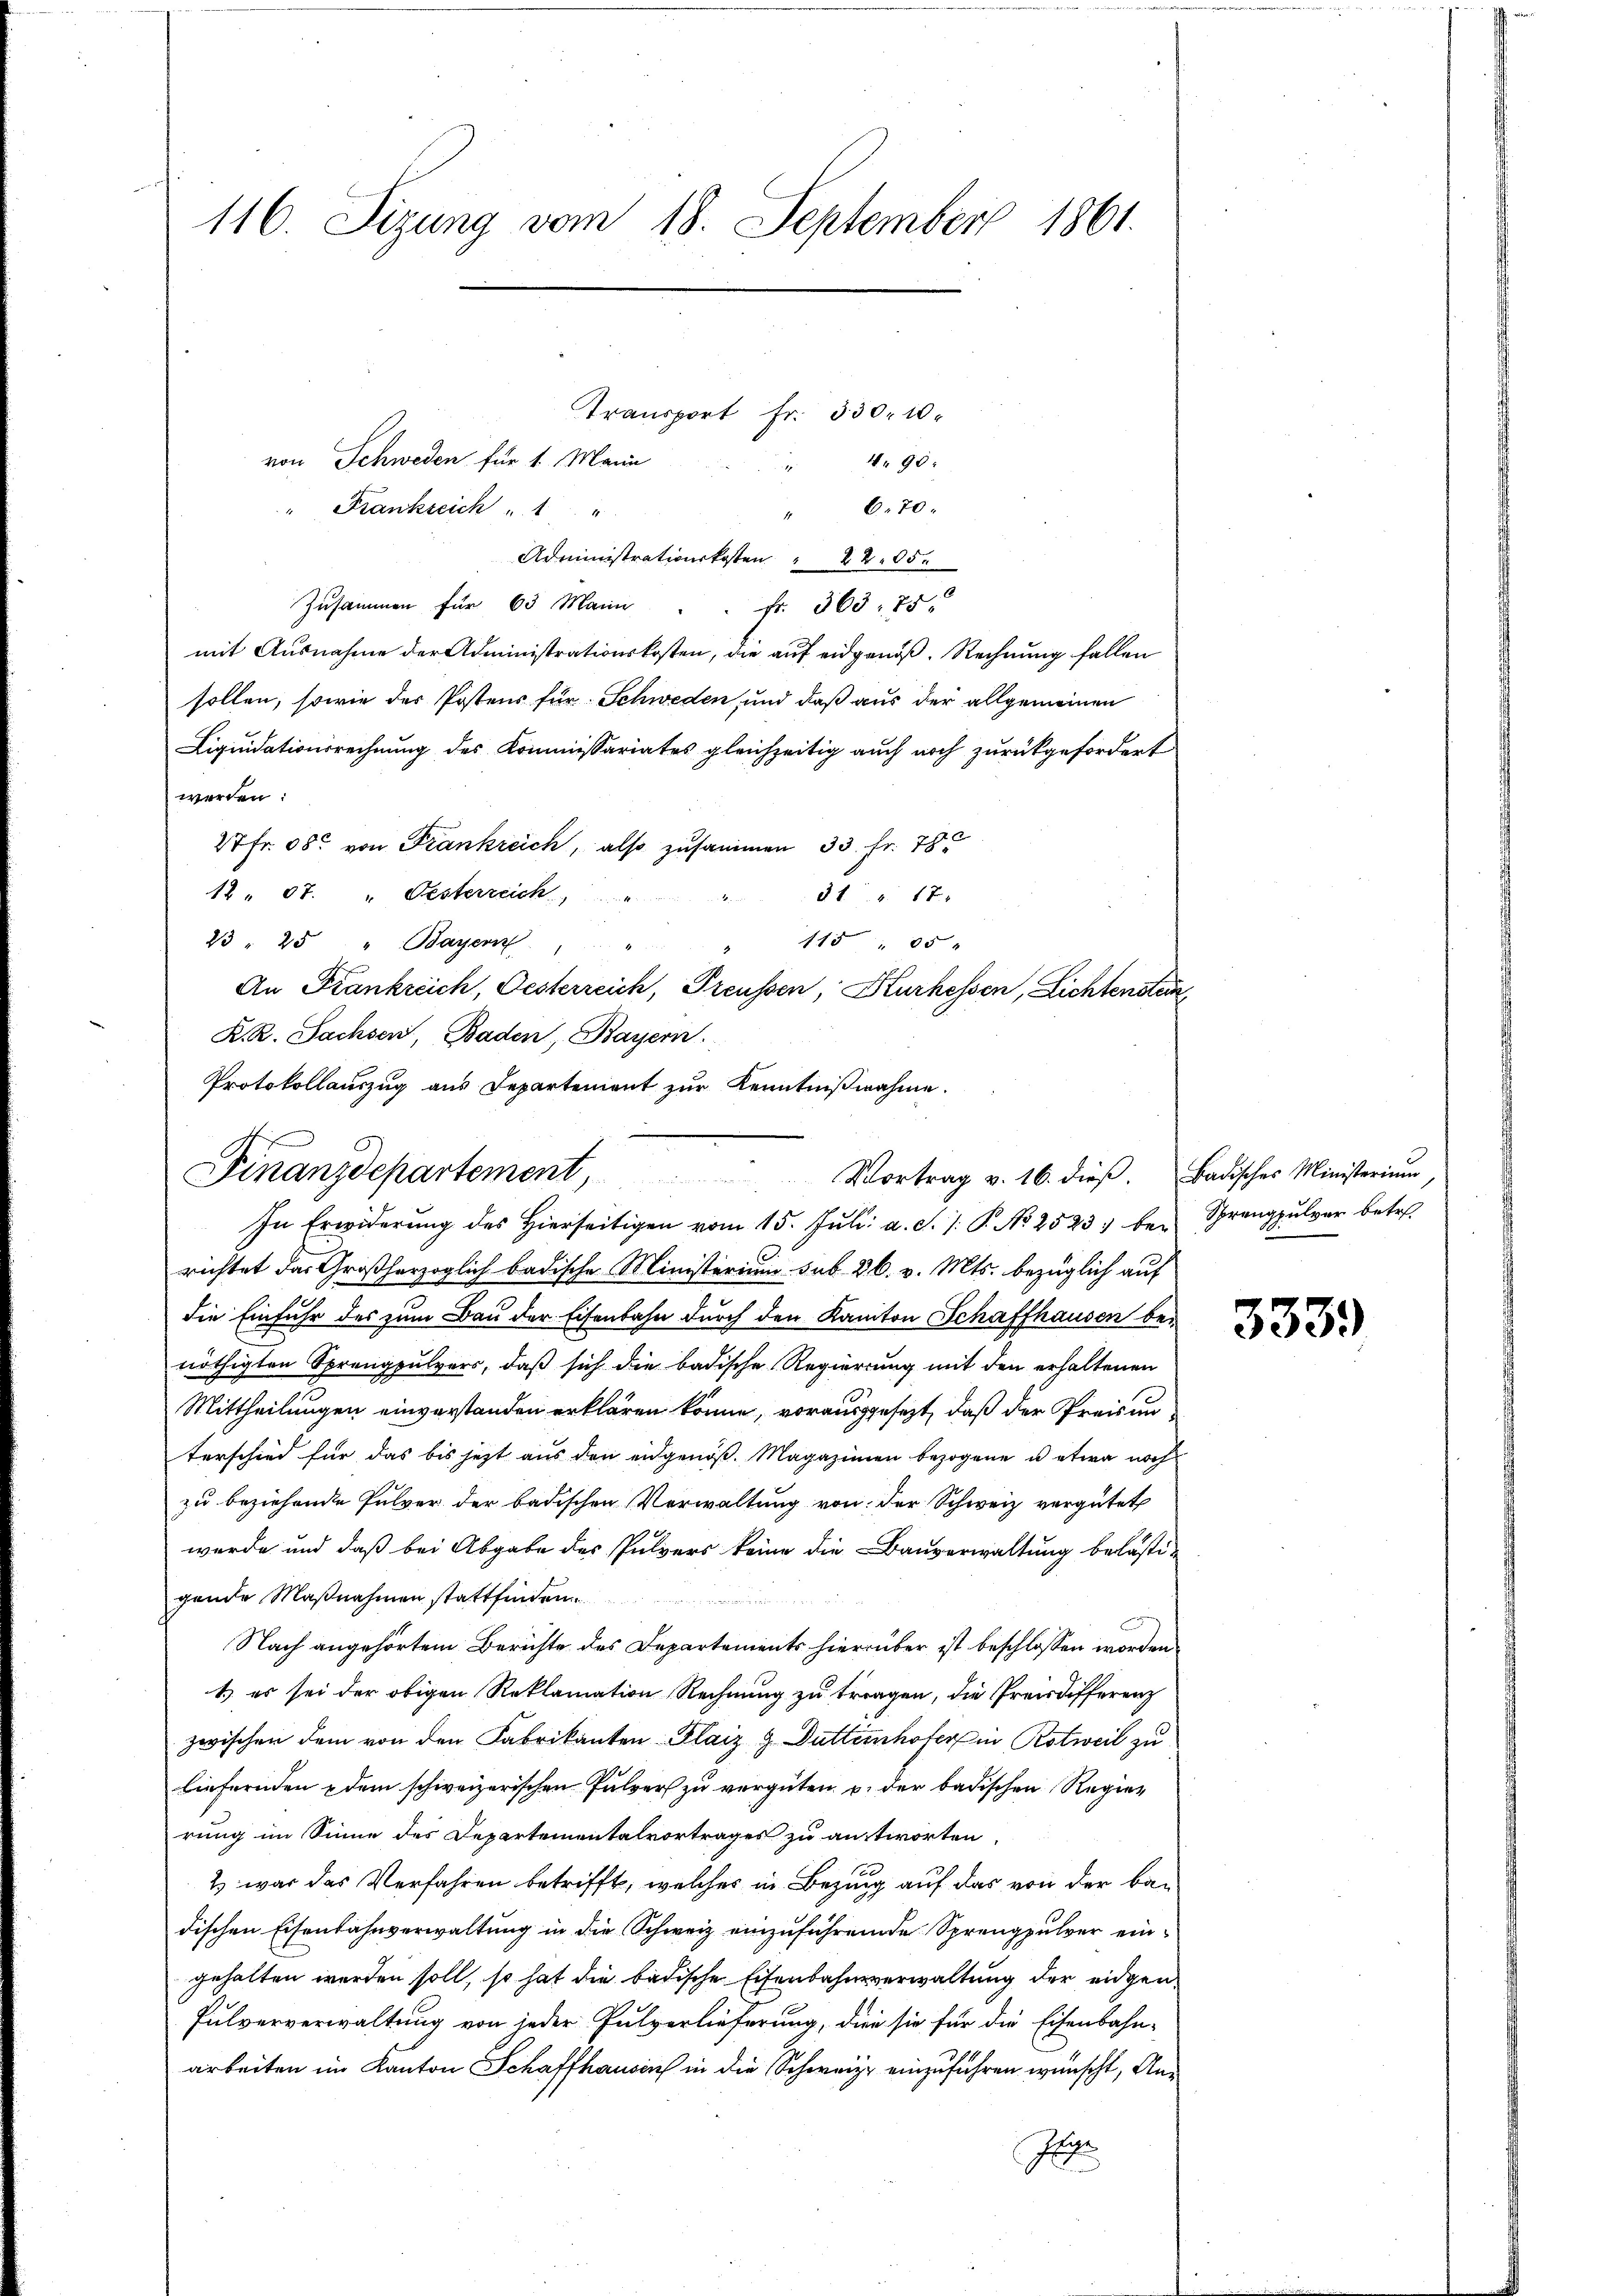
116. Sizung vom 18. September 1861.

von Schweden für 1 Mann
" Krankreich " " "
" 670.
Administrationskosten " 2405.
Zusammen für 63 Marin " " fr. 363. 75
mit Ausnahme der Administrationskosten, die auf eidgenöß. Rechnung fallen
sollen, sowie des Postens für Schweden, und daß aus der allgemeinen
Liquidationsrechnung des Commissariates gleichzeitig auch noch zurückgefordert
werden:
27 Fr. 58. von Frankreich, also zusammen 33. fr. 78
12. 67. " Oesterreich
3117
115 " 05
23 " 25 " Bayern    "
An Frankreich, Oesterreich, Preussen, Kurhessen, Lichtenstein
K. R. Sachsen, Baden, Bayern.
Protokollauszug aus Departement zur Kenntnißnahme.

Transport Fr. 330. 10.
4. 90.
17

Finanzdepartement,
Vortrag v. 16. dieβ. Badisches Ministerium

In Erwiderŭng des hierseitigen vom 15. Jŭli a. S. 1. P. No 2523 bei Sprangpulver betr.
richtet das Großherzoglich badische Ministerium sub 26. v. Mts. bezüglich auf
die Einfuhr des zum Bau der Eisenbahn durch den Kanton Schaffhausen benöthigten Sprengpulvers, daß sich die badische Regierung mit den erhaltenen
Mittheilungen einverstanden erklären könne, vorausgesezt, daß der Preis un
terschied für das bis jetzt aus den eidgenöß. Magazinen bezogene u etwa noch
zu beziehende Pulver der badischen Verwaltung von der Schweiz vergütet
wurde und daß bei Abgabe des Pulvers keine die Bauverwaltung belästi-
gende Maßnahmen stattfinden
Nach angehörtem Berichte des Departements hierüber ist beschlossen worden
1) es sei der obigen Reklamation Rechnung zu tragen, die Preisdifferenz
zwischen dem von den Fabrikanten Plaiz & Duttenhofer in Rotweil zu
liefernden dem schweizerischen Pulver zu vergüten u. der badischen Regier
rung im Sinne des Departementalvortrages zu antworten.
2 war das Verfahren betrifft, welches in Bezug auf das von der badischen Eisenbahnverwaltung in die Schweiz einzuführende Sprengpulver eingehalten werden soll, so hat die badische Eisenbahnverwaltung der eidgen¬
Fulververwaltung von jeder Pulverlieferung, die sie für die Eisenbahn-
arbeiten im Kanton Schaffhausen in die Schweize einzuführen wünscht, An¬
E

3339